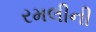
રમલીની